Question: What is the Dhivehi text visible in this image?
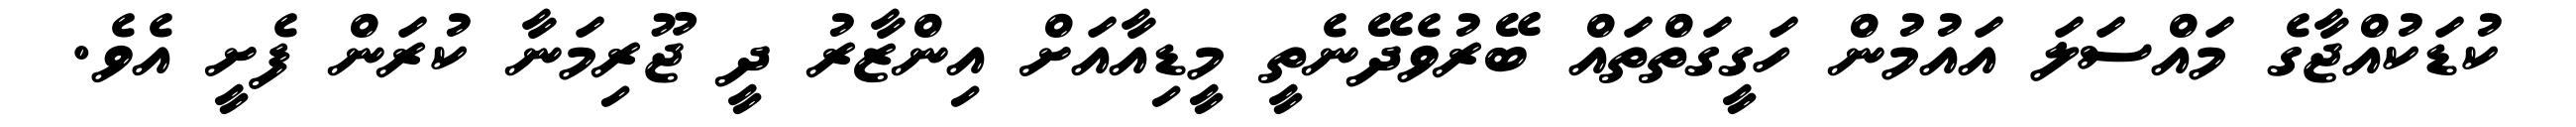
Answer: ކުޑަކުއްޖާގެ މައްސަލަ އައުމުން ހަގީގަތްތައް ބޭރުވެދޭނެތީ މީޑިއާއަށް އިންޒާރު ދީ ޖޫރިމަނާ ކުރަން ފެށީ އެވެ.